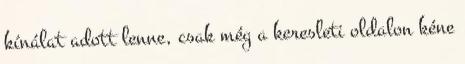
kínálat adott lenne, csak még a keresleti oldalon kéne